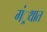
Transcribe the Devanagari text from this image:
गं्रथात